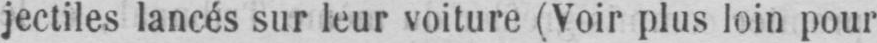
jectiles lancés sur leur voiture (Voir plus loin pour